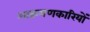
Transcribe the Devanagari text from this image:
आक्रमणकारियोंं